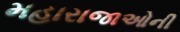
મહારાજાઓની